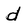
Character: d